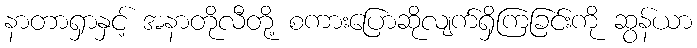
နာတာရှာနှင့် အနာတိုလီတို့ စကားပြောဆိုလျက်ရှိကြခြင်းကို ဆွန်ယာ